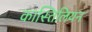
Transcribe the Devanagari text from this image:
कास्तिलियन